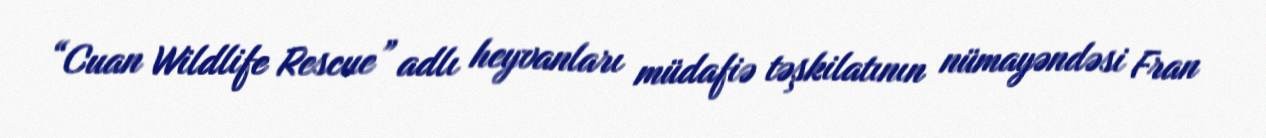
“Cuan Wildlife Rescue” adlı heyvanları müdafiə təşkilatının nümayəndəsi Fran